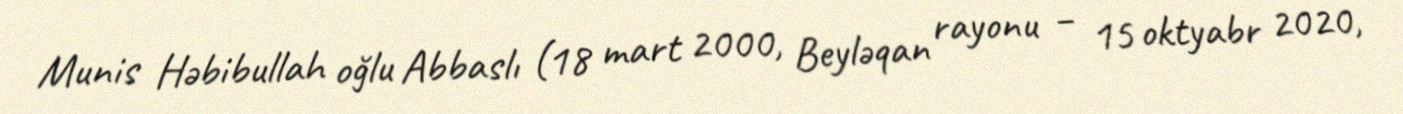
Munis Həbibullah oğlu Abbaslı (18 mart 2000, Beyləqan rayonu – 15 oktyabr 2020,